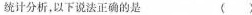
统计分析，以下说法正确的是（ )